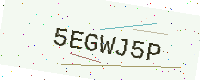
Text: 5EGWJ5P